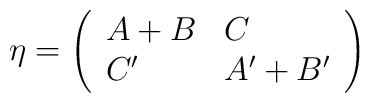
\eta = \left( \begin{array}{ll} A+B & C \\ C' & A'+B' \end{array} \right)